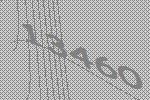
13460